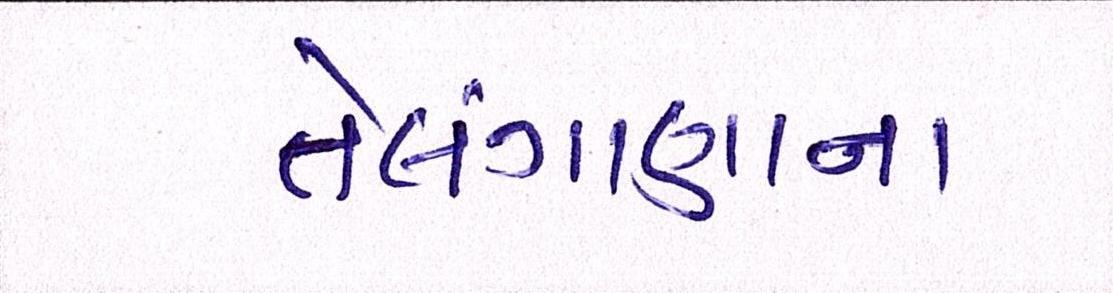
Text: તેલંગાણાના